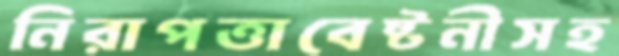
নিরাপত্তাবেষ্টনীসহ